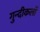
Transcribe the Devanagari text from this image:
गुन्दीकलाँ